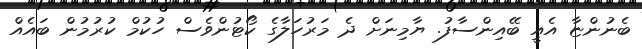
ބެނުންޏާ އެއީ ބޭއިންސާފު. ޔާމިނަށް ދެ މަރުހަލާގެ ކޯޓުންވެސް ހުކުމް ކުރުމުން ބައެއް